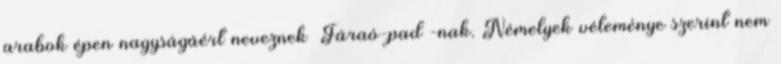
arabok épen nagyságáért neveznek «Fáraó-pad»-nak. Némelyek véleménye szerint nem